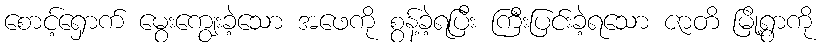
စောင့်ရှောက် မွေးကျွေးခဲ့သော အဖေကို စွန့်ခဲ့ရပြီး ကြီးပြင်းခဲ့ရသော ဇာတိ မြို့ရွာကို